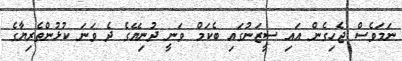
ނަމަވެސް ޖެހިގެން އައި ސީޒަނުގައި ބެކަމް ވަނީ ދުނިޔޭގެ ދެ ވަނަ ކުޅުންތެރިޔާގެ